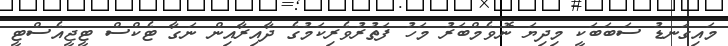
މައިގަނޑު ސަބަބަކީ މިދިޔަ ނޮވެމްބަރު މަހު ފަތުރުވެރިކަމުގެ ދާއިރާއިން ނަގާ ޓެކްސް ޓީޖީއެސްޓީ